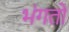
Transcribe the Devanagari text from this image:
भंगतो